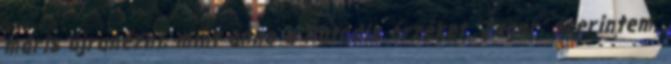
máris újranézni, mint anno a Hatodik érzéket. Zagar: szerintem,